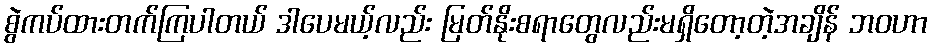
စွဲကပ်ထားတက်ကြပါတယ် ဒါပေမယ့်လည်း မြတ်နိုးစရာတွေလည်းမရှိတော့တဲ့အချိန် ဘ၀ဟာ